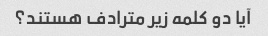
آیا دو کلمه زیر مترادف هستند؟